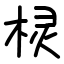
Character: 棂